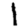
Digit: 1